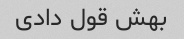
بهش قول دادی